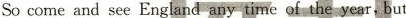
So come and see England any tim- bring of the year,but